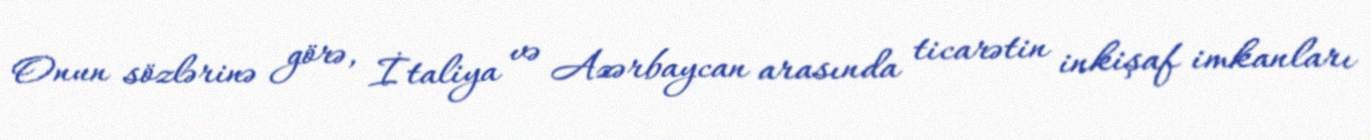
Onun sözlərinə görə, İtaliya və Azərbaycan arasında ticarətin inkişaf imkanları